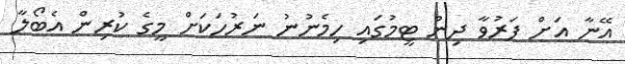
އޭނާ އަށް ފަރުވާ ދިން ޓީމުގައި ހިމެނުނު ނަރުހަކަށް މީގެ ކުރިން އެބޯލާ